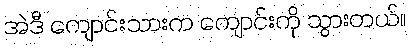
အဲဒီ ကျောင်းသားက ကျောင်းကို သွားတယ်။